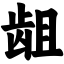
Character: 龃